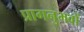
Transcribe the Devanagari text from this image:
प्रागनुभवों